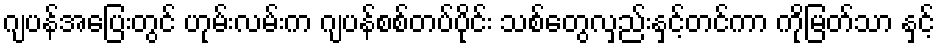
ဂျပန်အပြေးတွင် ဟုမ်းလမ်းက ဂျပန်စစ်တပ်ပိုင်း သစ်တွေလှည်းနှင့်တင်ကာ ကိုမြတ်သာ နှင့်